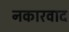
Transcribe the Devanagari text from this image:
नकारवाद